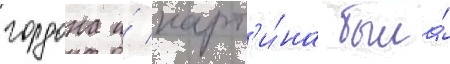
гордона и́ карт'и́на была́